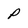
Character: p